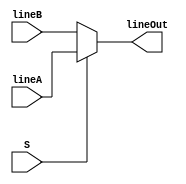
module muxer(lineA, lineB, lineOut, S);

    input [4:0] lineA, lineB;
    input S;
    output reg [4:0] lineOut;
    
    always @ (*)
        begin
            if (S)
                begin
                    lineOut = lineA;
                end
            else
                begin
                    lineOut = lineB;
                end
        end
    
endmodule